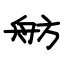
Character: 舫